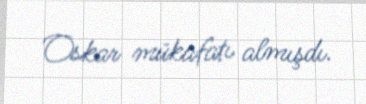
Oskar mükafatı almışdı.